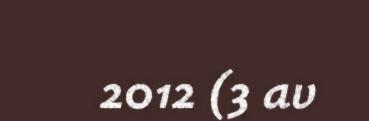
2012 (3 av